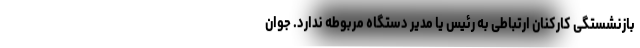
بازنشستگی کارکنان ارتباطی به رئیس یا مدیر دستگاه مربوطه ندارد. جوان